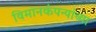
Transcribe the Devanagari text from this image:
विमानकंपन्यांच्या